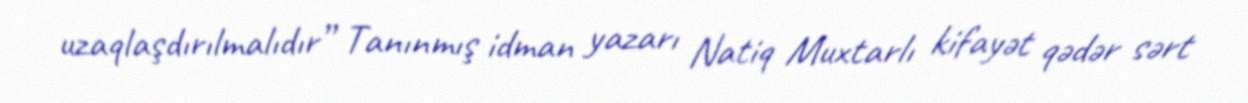
uzaqlaşdırılmalıdır” Tanınmış idman yazarı Natiq Muxtarlı kifayət qədər sərt